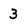
Character: 3